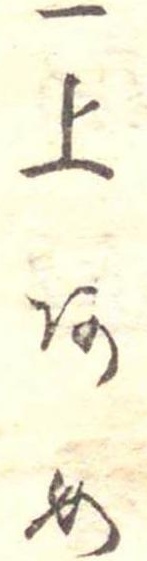
一上あめ